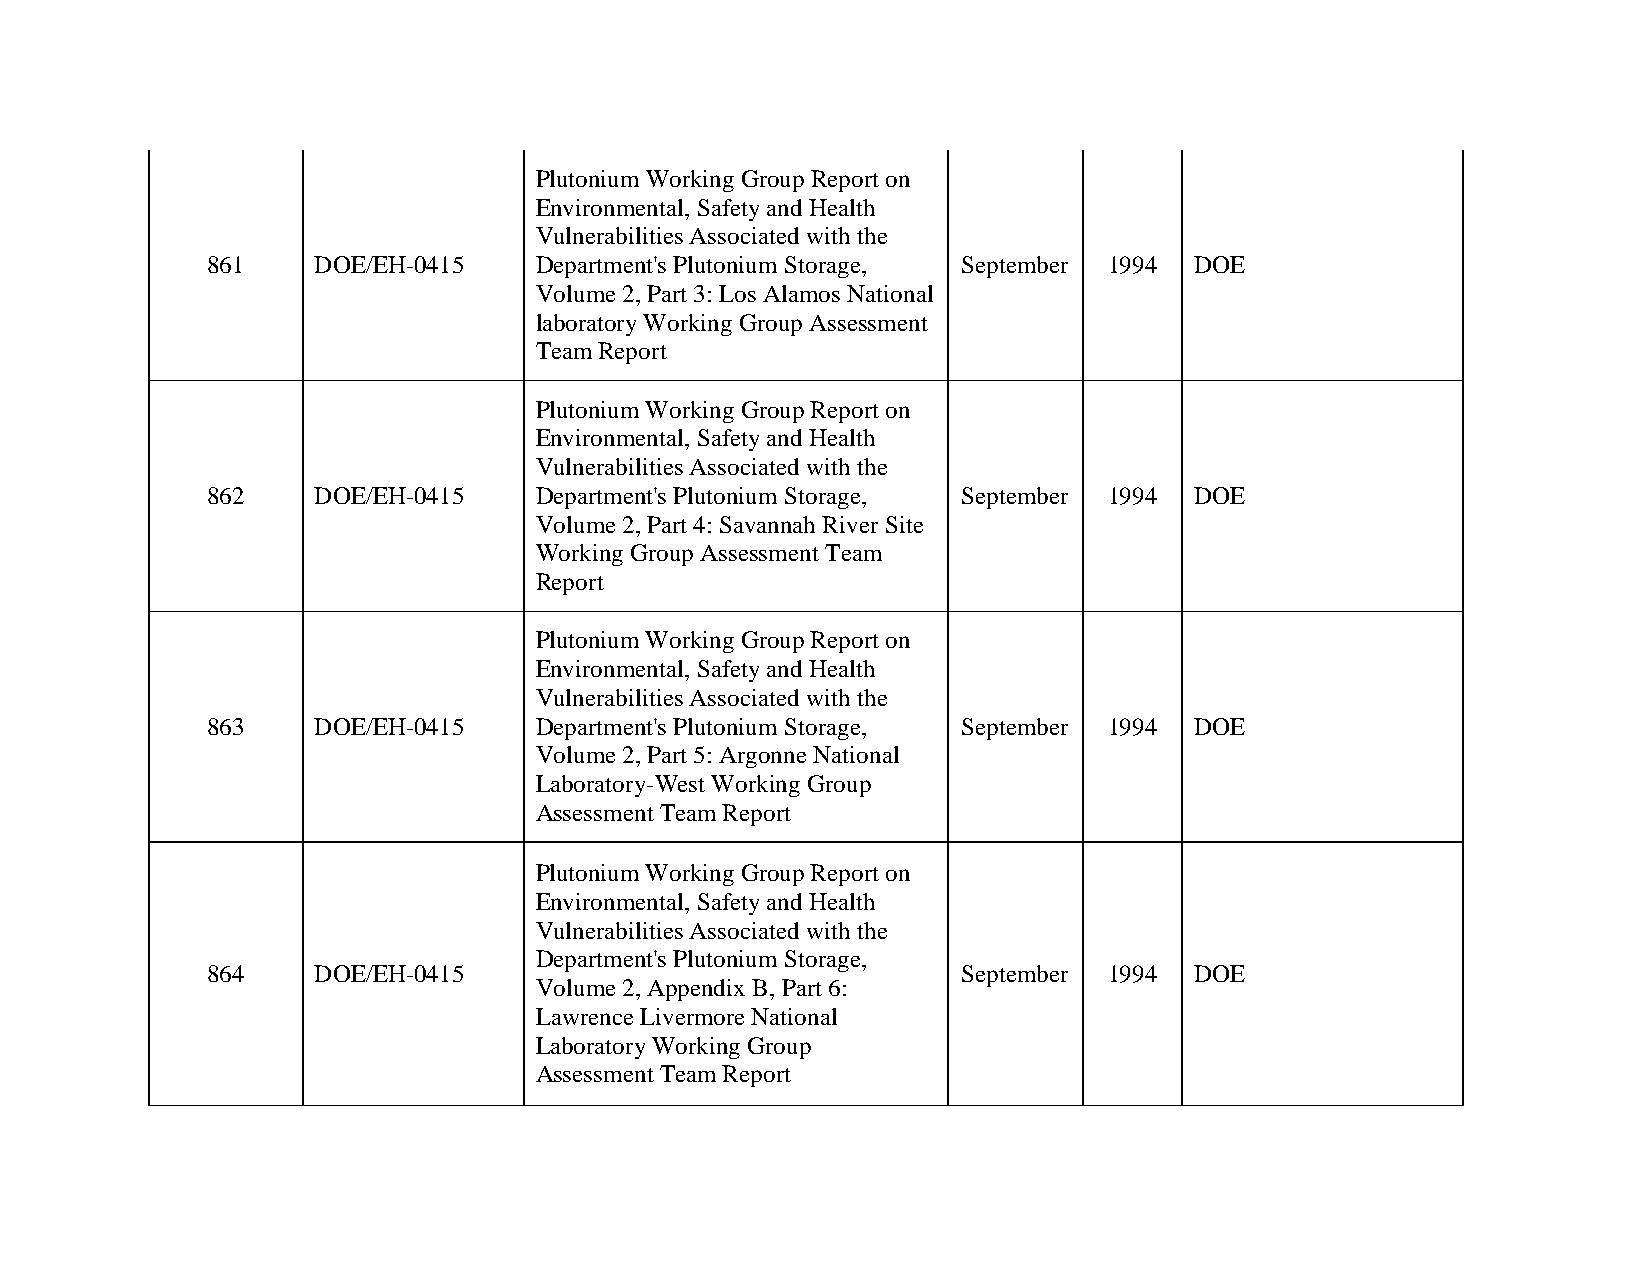
Plutonium Working Group Report on
 Environmental, Safety and Health
 Vulnerabilities Associated with the
 861    DOE/EH-0415   Department's Plutonium Storage, September 1994 DOE
 Volume 2, Part 3: Los Alamos National
 laboratory Working Group Assessment
 Team Report
 Plutonium Working Group Report on
 Environmental, Safety and Health
 Vulnerabilities Associated with the
 862    DOE/EH-0415   Department's Plutonium Storage, September 1994 DOE
 Volume 2, Part 4: Savannah River Site
 Working Group Assessment Team
 Report
 Plutonium Working Group Report on
 Environmental, Safety and Health
 Vulnerabilities Associated with the
 863    DOE/EH-0415   Department's Plutonium Storage, September 1994 DOE
 Volume 2, Part 5: Argonne National
 Laboratory-West Working Group
 Assessment Team Report
 Plutonium Working Group Report on
 Environmental, Safety and Health
 Vulnerabilities Associated with the
 Department's Plutonium Storage,
 864    DOE/EH-0415                                September 1994 DOE
 Volume 2, Appendix B, Part 6:
 Lawrence Livermore National
 Laboratory Working Group
 Assessment Team Report